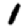
Digit: 1